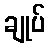
ချုပ်